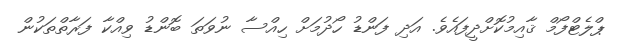
ޕްލެޓްފޯމް ޤާއިމުކޮށްދީފައެވެ. އަދި ފަންޑު ހޯދުމަށް ހިއްސާ ނުވަތަ ބޮންޑު ވިއްކާ ފަރާތްތަކުން